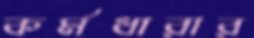
কর্মধারার